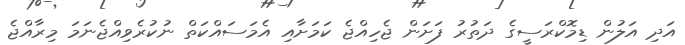
އަދި އަލުން ޑިމޮކްރަސީގެ ދަތުރު ފަށަން ޖެހިއްޖެ ކަމަށާއި އެމަސައްކަތް ނުކުރެވިއްޖެނަމަ މިރާއްޖެ